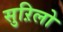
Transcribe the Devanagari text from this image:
सुऱिलो